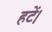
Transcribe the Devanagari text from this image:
हटें।